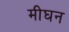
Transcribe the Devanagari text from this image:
मीघन